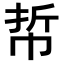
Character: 𢂼